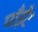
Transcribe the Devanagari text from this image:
पाँईँट